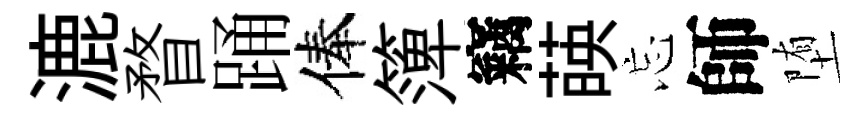
漉瞀踊俸𥱼竊𦴤忘師堕